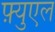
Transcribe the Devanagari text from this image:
फ़्युएल